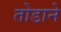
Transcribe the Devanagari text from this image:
तोडाने